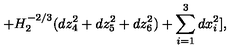
+ H _ { 2 } ^ { - 2 / 3 } ( d z _ { 4 } ^ { 2 } + d z _ { 5 } ^ { 2 } + d z _ { 6 } ^ { 2 } ) + \sum _ { i = 1 } ^ { 3 } d x _ { i } ^ { 2 } ] ,